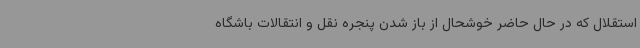
استقلال که در حال حاضر خوشحال از باز شدن پنجره نقل و انتقالات باشگاه